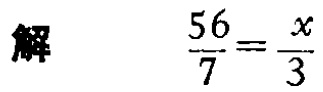
解 $\frac{56}{7}=\frac{x}{3}$